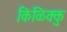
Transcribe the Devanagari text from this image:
किळिक्कु